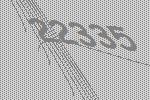
22335